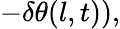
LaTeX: \begin{array}{rl}{-\delta\theta(l,t)),}\end{array}